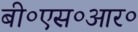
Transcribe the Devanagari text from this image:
बी०एस०आर०